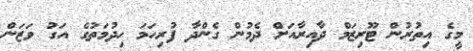
މީގެ އިތުރުން ޓޫރިޒަމް ދާއިރާއަށް ދެމުން ގެންދާ ފުރިހަމަ ހިދުމަތުގެ އަގު ވަޒަން